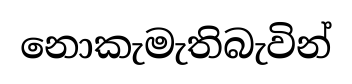
නොකැමැතිබැවින්